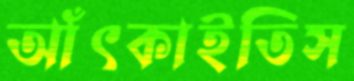
আঁৎকাইতিস